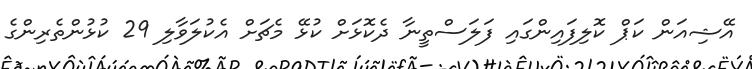
އޭޝިއަން ކަޕް ކޮލިފައިންގައި ފަލަސްތީނާ ދެކޮޅަށް ކުޅޭ މެޗަށް އެކުލަވާލި 29 ކުޅުންތެރިންގެ